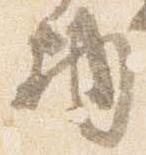
物